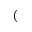
(